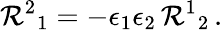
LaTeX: \mathcal{R}^{2}{}_{1}=-\epsilon_{1}\epsilon_{2}\, \mathcal{R}^{1}{}_{2}\, .